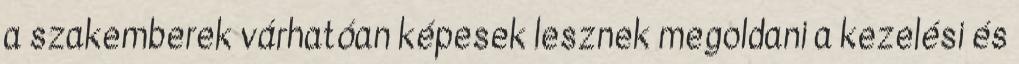
a szakemberek várhatóan képesek lesznek megoldani a kezelési és